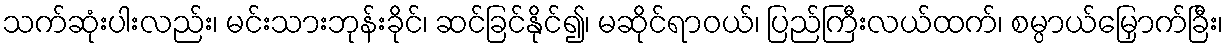
သက်ဆုံးပါးလည်း၊ မင်းသားဘုန်းခိုင်၊ ဆင်ခြင်နိုင်၍၊ မဆိုင်ရာဝယ်၊ ပြည်ကြီးလယ်ထက်၊ စမ္ပာယ်မြှောက်ခြီး၊